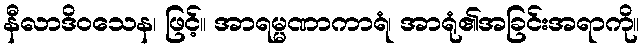
နီလာဒိဝသေန၊ ဖြင့်။ အာရမ္မဏာကာရံ၊ အာရုံ၏အခြင်းအရာကို။